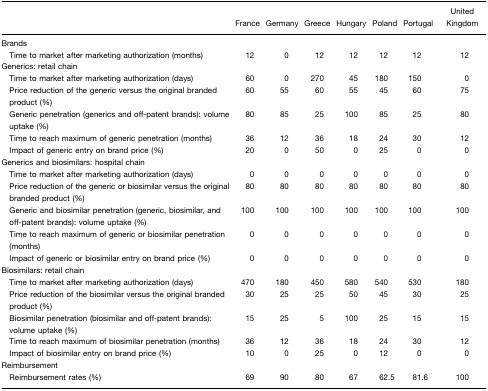
|  | France | Germany | Greece | Hungary | Poland | Portugal | United Kingdom |
 | --- | --- | --- | --- | --- | --- | --- | --- |
 | <COLSPAN=8> Brands |
 | Time to market after marketing authorization (months) | 12 | 0 | 12 | 12 | 12 | 12 | 12 |
 | <COLSPAN=8> Generics: retail chain |
 | Time to market after marketing authorization (days) | 60 | 0 | 270 | 45 | 180 | 150 | 0 |
 | Price reduction of the generic versus the original branded product (%) | 60 | 55 | 60 | 55 | 45 | 60 | 75 |
 | Generic penetration (generics and off-patent brands): volume uptake (%) | 80 | 85 | 25 | 100 | 85 | 25 | 80 |
 | Time to reach maximum of generic penetration (months) | 36 | 12 | 36 | 18 | 24 | 30 | 12 |
 | Impact of generic entry on brand price (%) | 20 | 0 | 50 | 0 | 25 | 0 | 0 |
 | <COLSPAN=8> Generics and biosimilars: hospital chain |
 | Time to market after marketing authorization (days) | 0 | 0 | 0 | 0 | 0 | 0 | 0 |
 | Price reduction of the generic or biosimilar versus the original branded product (%) | 80 | 80 | 80 | 80 | 80 | 80 | 80 |
 | Generic and biosimilar penetration (generic, biosimilar, and off-patent brands): volume uptake (%) | 100 | 100 | 100 | 100 | 100 | 100 | 100 |
 | Time to reach maximum of generic or biosimilar penetration (months) | 0 | 0 | 0 | 0 | 0 | 0 | 0 |
 | Impact of generic or biosimilar entry on brand price (%) | 0 | 0 | 0 | 0 | 0 | 0 | 0 |
 | <COLSPAN=8> Biosimilars: retail chain |
 | Time to market after marketing authorization (days) | 470 | 180 | 450 | 580 | 540 | 530 | 180 |
 | Price reduction of the biosimilar versus the original branded product (%) | 30 | 25 | 25 | 50 | 45 | 30 | 25 |
 | Biosimilar penetration (biosimilar and off-patent brands): volume uptake (%) | 15 | 25 | 5 | 100 | 25 | 15 | 15 |
 | Time to reach maximum of biosimilar penetration (months) | 36 | 12 | 36 | 18 | 24 | 30 | 12 |
 | Impact of biosimilar entry on brand price (%) | 10 | 0 | 25 | 0 | 12 | 0 | 0 |
 | <COLSPAN=8> Reimbursement |
 | Reimbursement rates (%) | 69 | 90 | 80 | 67 | 62.5 | 81.6 | 100 |